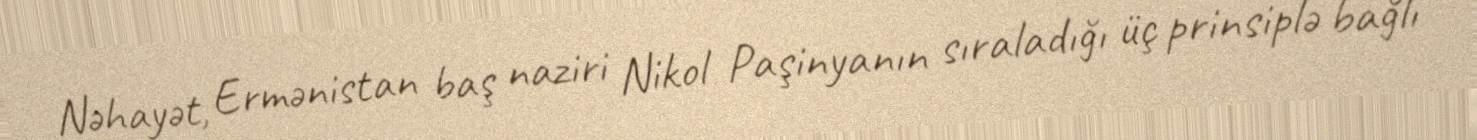
Nəhayət, Ermənistan baş naziri Nikol Paşinyanın sıraladığı üç prinsiplə bağlı